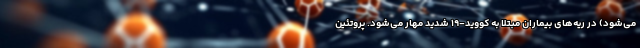
می‌شود) در ریه‌های بیماران مبتلا به کووید-۱۹ شدید مهار می‌شود. پروتئین